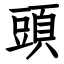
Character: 頭